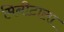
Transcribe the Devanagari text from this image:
मिनीटाला